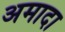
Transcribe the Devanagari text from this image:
अमादा